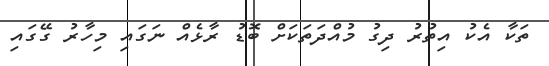
ތަކާ އެކު އިތުރު ދިގު މުއްދަތަކަށް ބޮޑު ރާޅެއް ނަގައި މިހާރު ގޭގައި